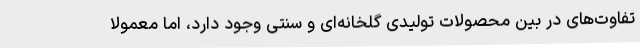
تفاوت‌های در بین محصولات تولیدی گلخانه‌ای و سنتی وجود دارد، اما معمولا